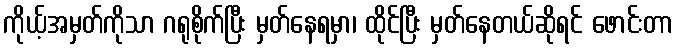
ကိုယ့်အမှတ်ကိုသာ ဂရုစိုက်ပြီး မှတ်နေရမှာ၊ ထိုင်ပြီး မှတ်နေတယ်ဆိုရင် ဖောင်းတာ